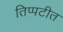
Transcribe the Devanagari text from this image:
तिप्पटीत